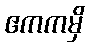
ဧကကမှိ